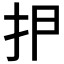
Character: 𰓋